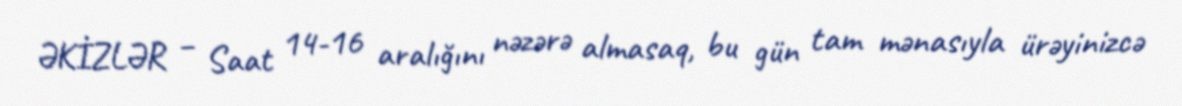
ƏKİZLƏR – Saat 14-16 aralığını nəzərə almasaq, bu gün tam mənasıyla ürəyinizcə